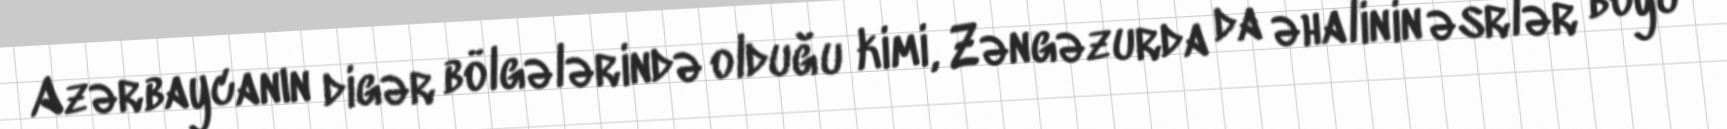
Azərbaycanın digər bölgələrində olduğu kimi, Zəngəzurda da əhalinin əsrlər boyu